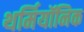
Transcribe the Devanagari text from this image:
थर्मियॉनिक